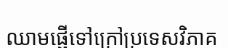
ឈាមផ្ញើទៅក្រៅប្រទេសវិភាគ